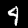
Label: 4